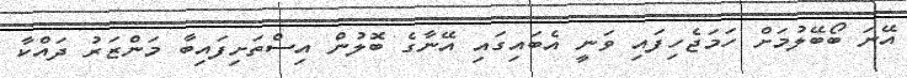
އޭނަ ބޯބޭލުމަށް ހަމަޖެހިފައި ވަނީ އެބައިގައި އޭނާގެ ބޮލުން އިސްތަށިފައިބާ މަންޒަރު ދައްކާ